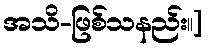
အသိ-ဖြစ်သနည်း။]